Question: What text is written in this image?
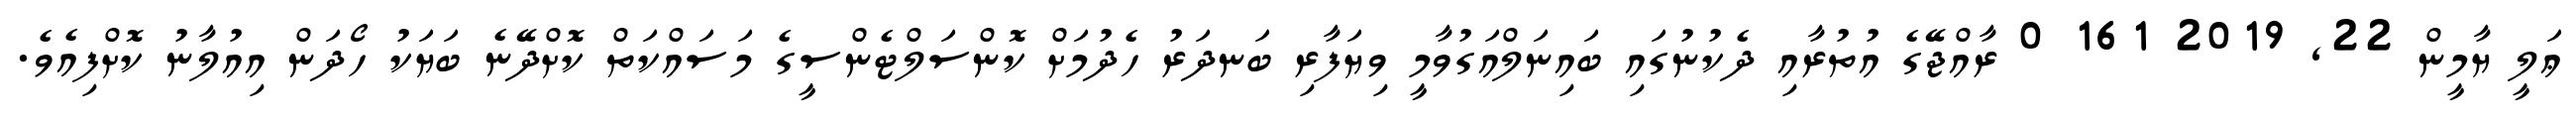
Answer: ޢަލީ ޔާމީން 22, 2019 161 0 ރާއްޖޭގެ އުތުރާއި ދެކުނުގައި ބައިނަލްއަގުވާމީ ވިޔަފާރި ބަނދަރު ހެދުމަށް ކޮންސަލްޓެންސީގެ މަސައްކަތް ކޮށްދޭނެ ބަޔަކު ހޯދަން އިއުލާނު ކޮށްފިއެވެ.